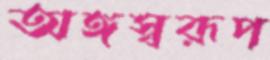
অঙ্গস্বরূপ